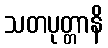
သတပုတ္တာနိ